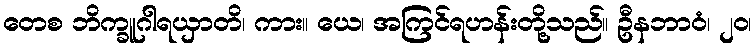
တေစ ဘိက္ခူဂါရယှာတိ၊ ကား။ ယေ၊ အကြင်ရဟန်းတို့သည်။ ဦနဘာဝံ၊ ၂၀၊